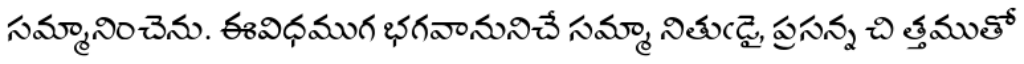
సమ్మానించెను. ఈవిధముగ భగవానునిచే సమ్మా నితుఁడై, ప్రసన్న చి త్తముతో